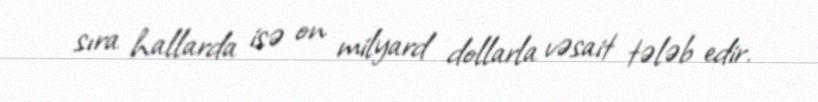
sıra hallarda isə on milyard dollarla vəsait tələb edir.